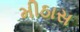
મીઠાસ